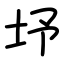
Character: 㘧